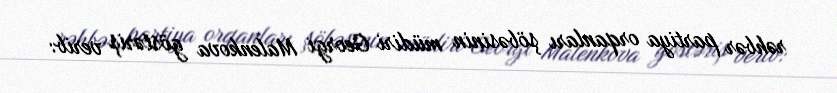
rəhbər partiya orqanları şöbəsinin müdiri Georgi Malenkova göstəriş verib: